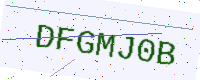
Text: DFGMJ0B